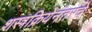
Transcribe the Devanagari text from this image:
शस्त्रक्रियेनंतरचे